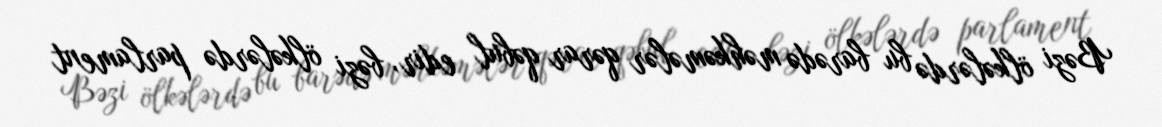
Bəzi ölkələrdə bu barədə məhkəmələr qərar qəbul edir, bəzi ölkələrdə parlament